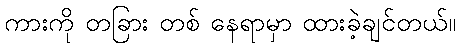
ကားကို တခြား တစ် နေရာမှာ ထားခဲ့ချင်တယ်။